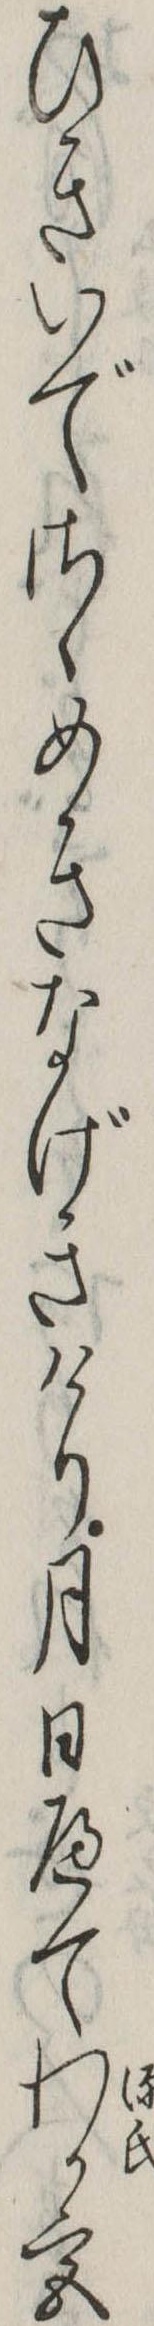
ひきいでさゝめきなげきけり月日へてわか宮